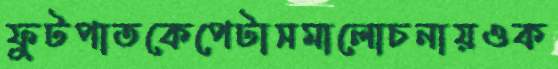
ফুটপাতকেপেটাসমালোচনায়ওক